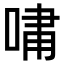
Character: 𫪯